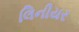
લિનીયર